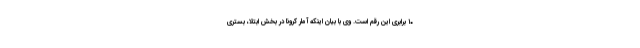
۱۰ برابری این رقم است. وی با بیان اینکه آمار کرونا در بخش ابتلا، بستری